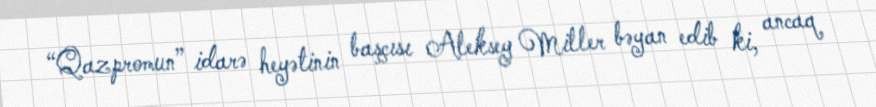
“Qazpromun” idarə heyətinin başçısı Aleksey Miller bəyan edib ki, ancaq